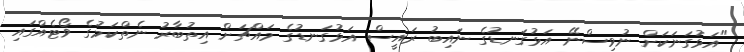
"އަޅުގަަނަކަށް ނުވިސްނޭ އަޅުގަނޑުގެ ނައިބު ރައީސް އަޅުގަނޑުގެ މައްޗަށް އިތުބާރު ނެތްކަމުގެ ޥޯޓެއްގައި